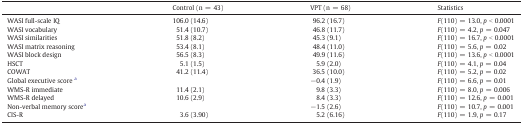
<table><thead><tr><td>[EMPTY_CELL]</td><td><b>Control (n = 43)</b></td><td><b>VPT (n = 68)</b></td><td><b>Statistics</b></td></tr></thead><tbody><tr><td>WASI full-scale IQ</td><td>106.0 (14.6)</td><td>96.2 (16.7)</td><td><i>F</i>(110) = 13.0, <i>p</i> &lt; 0.0001</td></tr><tr><td>WASI vocabulary</td><td>51.4 (10.7)</td><td>46.8 (11.7)</td><td><i>F</i>(110) = 4.2, <i>p</i> = 0.047</td></tr><tr><td>WASI similarities</td><td>51.8 (8.2)</td><td>45.3 (9.1)</td><td><i>F</i>(110) = 16.7, <i>p</i> &lt; 0.0001</td></tr><tr><td>WASI matrix reasoning</td><td>53.4 (8.1)</td><td>48.4 (11.0)</td><td><i>F</i>(110) = 5.6, <i>p</i> = 0.02</td></tr><tr><td>WASI block design</td><td>56.5 (8.3)</td><td>49.9 (11.6)</td><td><i>F</i>(110) = 13.6, <i>p</i> &lt; 0.0001</td></tr><tr><td>HSCT</td><td>5.1 (1.5)</td><td>5.9 (2.0)</td><td><i>F</i>(110) = 4.1, <i>p</i> = 0.04</td></tr><tr><td>COWAT</td><td>41.2 (11.4)</td><td>36.5 (10.0)</td><td><i>F</i>(110) = 5.2, <i>p</i> = 0.02</td></tr><tr><td>Global executive score a</td><td>[EMPTY_CELL]</td><td>−0.4 (1.9)</td><td><i>F</i>(110) = 6.6, <i>p</i> = 0.01</td></tr><tr><td>WMS-R immediate</td><td>11.4 (2.1)</td><td>9.8 (3.3)</td><td><i>F</i>(110) = 8.0, <i>p</i> = 0.006</td></tr><tr><td>WMS-R delayed</td><td>10.6 (2.9)</td><td>8.4 (3.3)</td><td><i>F</i>(110) = 12.6, <i>p</i> = 0.001</td></tr><tr><td>Non-verbal memory scorea</td><td>[EMPTY_CELL]</td><td>−1.5 (2.6)</td><td><i>F</i>(110) = 10.7, <i>p</i> = 0.001</td></tr><tr><td>CIS-R</td><td>3.6 (3.90)</td><td>5.2 (6.16)</td><td><i>F</i>(110) = 1.9, <i>p</i> = 0.17</td></tr></tbody></table>